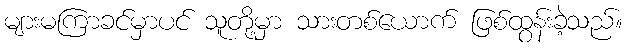
များမကြာခင်မှာပင် သူတို့မှာ သားတစ်ယောက် ဖြစ်ထွန်းခဲ့သည်။